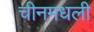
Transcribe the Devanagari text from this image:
चीनमधली